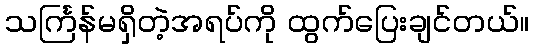
သင်္ကြန်မရှိတဲ့အရပ်ကို ထွက်ပြေးချင်တယ်။